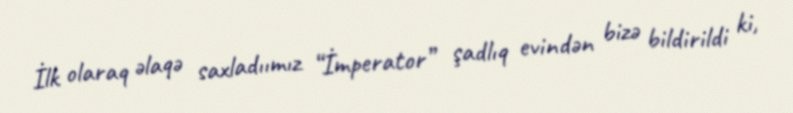
İlk olaraq əlaqə saxladıımız “İmperator” şadlıq evindən bizə bildirildi ki,